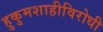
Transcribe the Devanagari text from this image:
हुकुमशाहीविरोधी